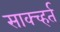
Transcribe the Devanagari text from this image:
साक्च्हर्त